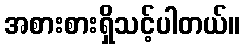
အစားစားရှိသင့်ပါတယ်။